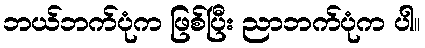
ဘယ်ဘက်ပုံက ဖြစ်ပြီး ညာဘက်ပုံက ပါ။